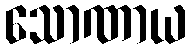
သောဏာယ